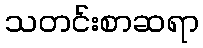
သတင်းစာဆရာ